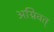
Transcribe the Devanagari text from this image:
अग्निवत्